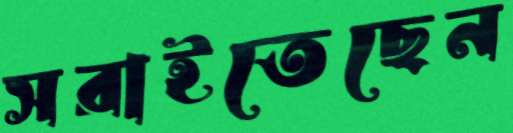
সরাইতেছেন